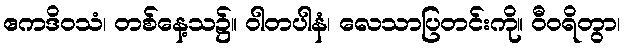
ဧကဒိဝသံ၊ တစ်နေ့သ၌။ ဝါတပါနံ၊ လေသာပြတင်းကို။ ဝီဝရိတွာ၊